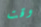
وقت